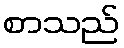
စာသည်